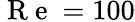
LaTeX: \mathrm{~R~e~}=100